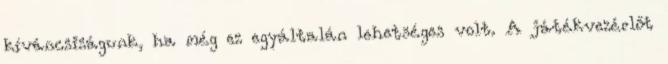
kíváncsiságunk, ha még ez egyáltalán lehetséges volt. A játékvezérlőt